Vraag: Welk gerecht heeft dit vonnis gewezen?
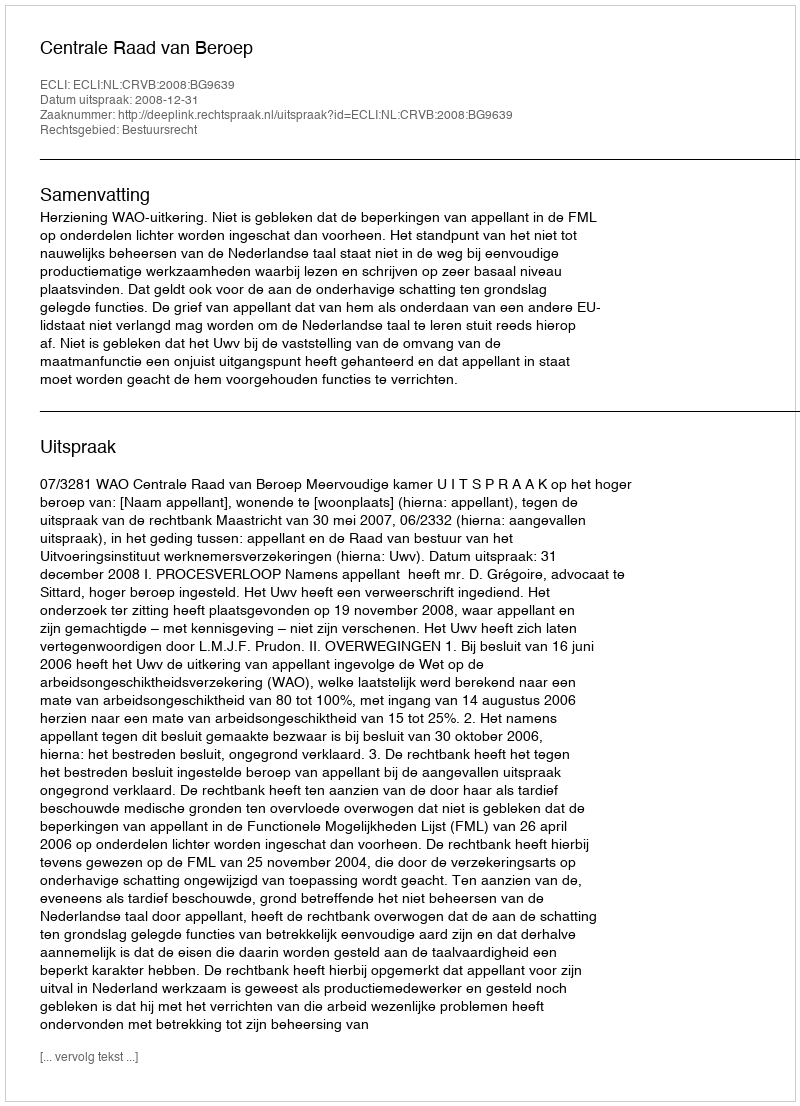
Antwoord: Centrale Raad van Beroep